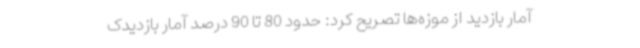
آمار بازدید از موزه‌ها تصریح کرد: حدود 80 تا 90 درصد آمار بازدیدک